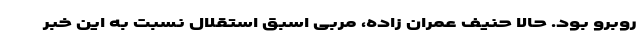
روبرو بود. حالا حنیف عمران زاده، مربی اسبق استقلال نسبت به این خبر